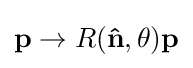
\mathbf {p} \rightarrow R(\mathbf {\hat {n}} ,\theta )\mathbf {p}